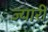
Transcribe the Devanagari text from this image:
ज्यारी